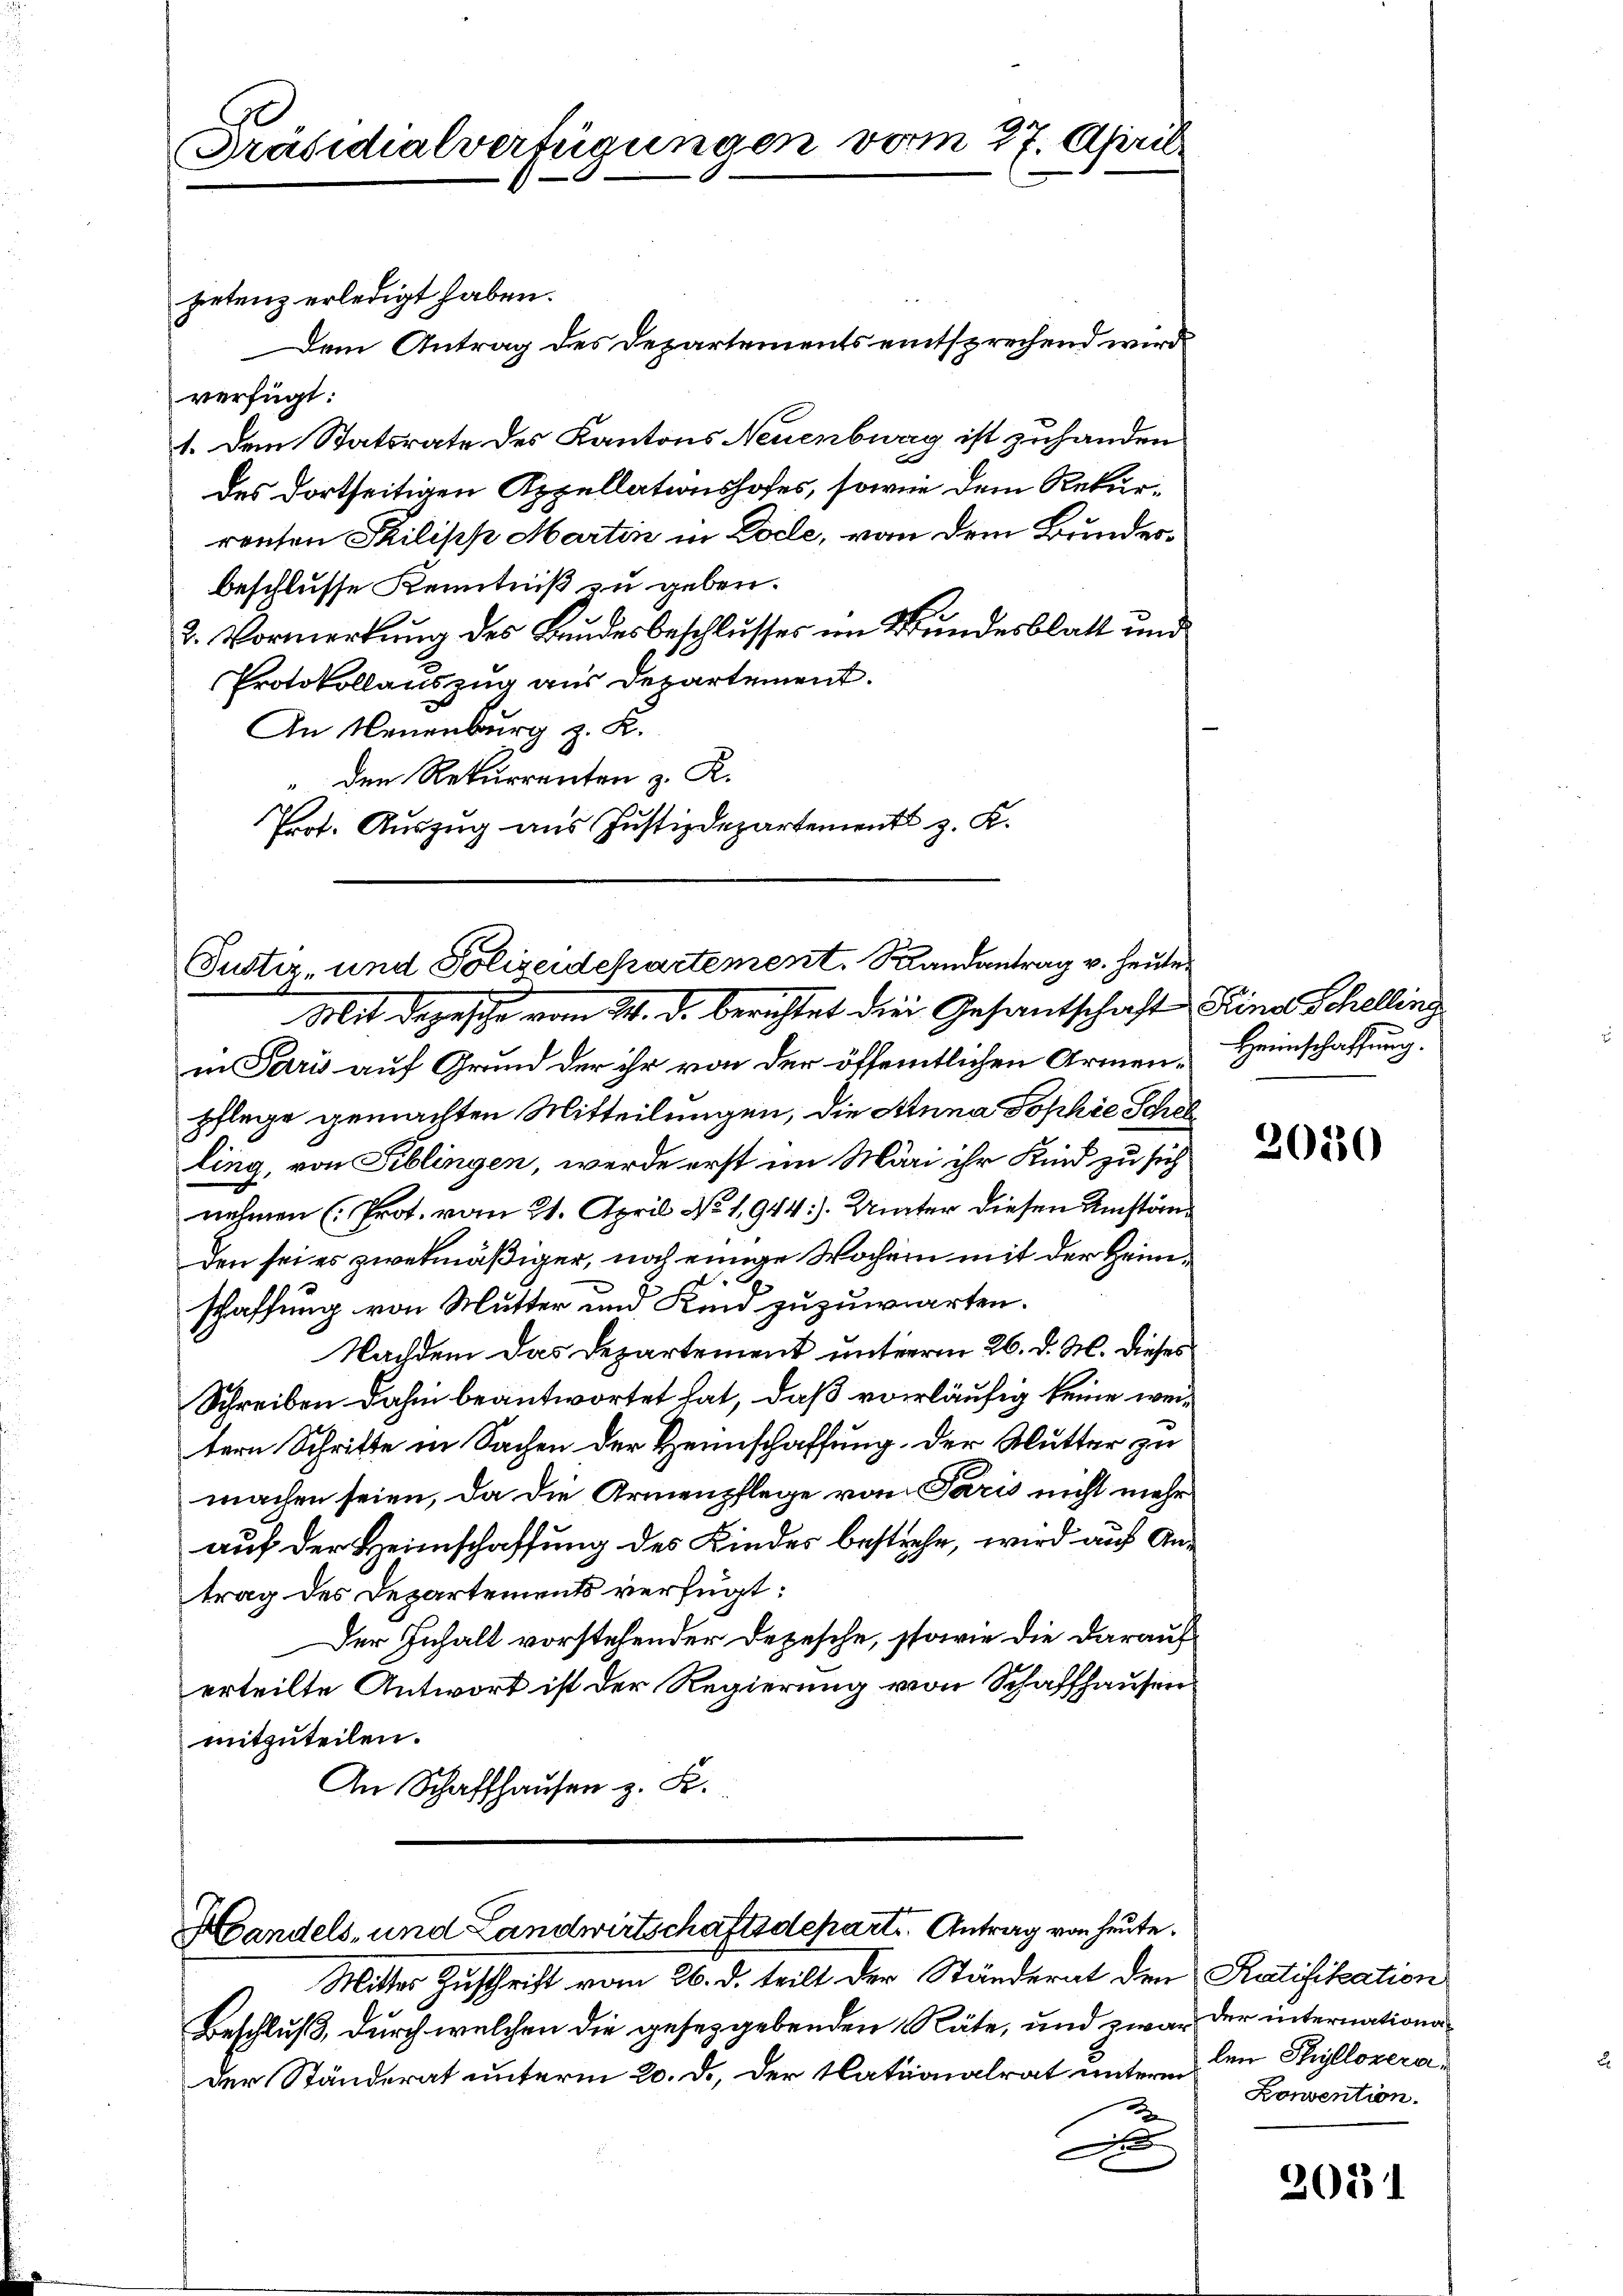
Präsidialverfügungen vom 27. April.

petenz erledigt haben.
Dem Antrag des Departements entsprechend wird
verfügt:
1. Dem Statsrate des Kantons Neuenburg ist zuhanden
des dortseitigen Appellationshofes, sowie dem Rekurrensen Philipp Martin in Colle, von dem Bundesbeschlusse Kenntniß zu geben.
2. Vormerkung des Bundesbeschlusses im Bundesblatt und
Protokollauszug aus Departement.
An Neuenburg z. K.
" den Rekurrenten z. R.
Prot. Auszug aus Justizdepartements z. K.

Justiz- und Polizeidepartement. Randantrag v. heute
Mit Depesche vom 24. d. berichtet die Gesantschaft Eines Schelling

in Paris auf Grund der ihr von der öffentlichen Armen, Heimschaffung
pflege gemachten Mitteilungen, die Anna Sophie Schel
ling, von Fiblingen, werde erst im Märi ihr Kind zu sich
nehmen (Prot. vom 21. April No 1,944). Unter diesen Umständen sei es zwekmäßiger, noch einige Wochen mit der Heim¬
.
schaffung von Mutter und Kind zuzuwarten.
Nachdem das Departement unterm 26. d. M. dieses
Schreiben dahin beantwortet hat, daß vorläufig keine weitern Schritte in Sachen der Heimschaffung der Mutter zu
machen seien, da die Armenpflege von Paris nicht mehr
auf der Heimschaffung des Kindes bestehe, wird auf Antrag des Departements verfügt:
Der Inhalt vorstehender Depesche, sowie die darauf
erteilte Antwort ist der Regierung von Schaffhausen
mitzuteilen.
An Schaffhausen z. B.

Handels- und Landwirtschaftsdeparte. Antrag von heute.

Mitter Zuschrift vom 26. d. teilt der Ständerat den Ratifikation
Beschluß, durch welchen die gesetzgebenden Räte, und zwar der internationader Ständerat unterm 20. d. der Nationalrat unterm den Thyllozera¬
2
F

2030

Konvention.

2031